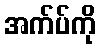
အက်ပ်ကို